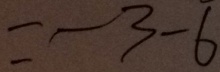
= - 3 - 6